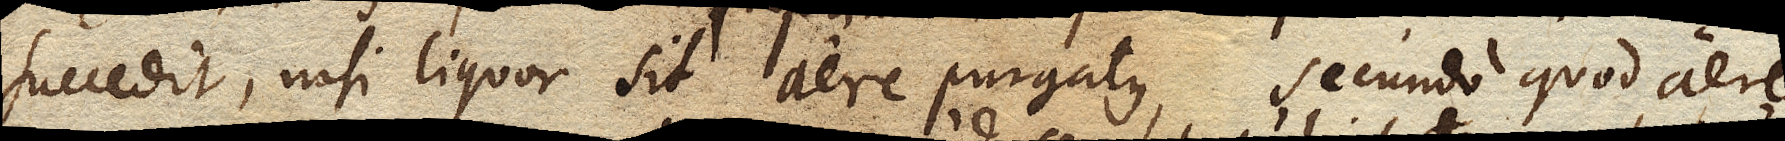
succedit, nisi liquor sit aere purgatum, secundo quod aere